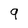
Character: 9